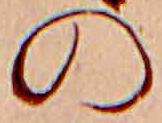
の